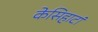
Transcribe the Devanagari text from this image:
केसिहाटां